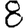
Digit: 8